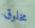
مخلوق